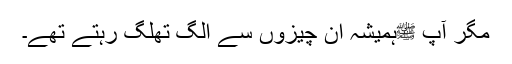
مگر آپ ﷺہمیشہ ان چیزوں سے الگ تھلگ رہتے تھے۔